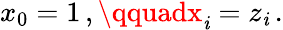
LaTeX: x_{0}=1\, ,\qquadx_{\mathit{i}}=z_{\mathit{i}}\, .